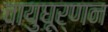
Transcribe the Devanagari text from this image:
वायुघूर्णन